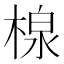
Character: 楾